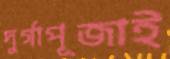
দুর্গাপূজাই